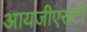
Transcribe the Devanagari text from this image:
आयजीएसटी